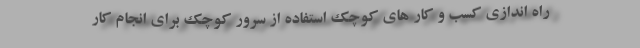
راه اندازی کسب و کار های کوچک استفاده از سرور کوچک برای انجام کار